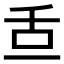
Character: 𦧆